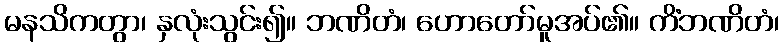
မနသိကတွာ၊ နှလုံးသွင်း၍။ ဘဏိတံ၊ ဟောတော်မူအပ်၏။ ကိံဘဏိတံ၊